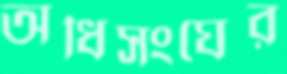
অধিসংঘের